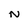
Character: n